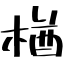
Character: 楢